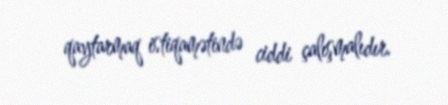
qaytarmaq istiqamətində ciddi çalışmalıdır.